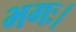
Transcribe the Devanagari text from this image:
भगः।